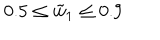
0 . 5 \le \tilde { w } _ { 1 } \le 0 . 9